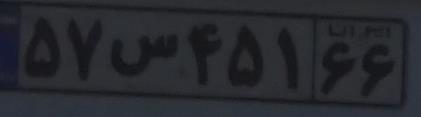
۵۷س۴۵۱۶۶